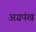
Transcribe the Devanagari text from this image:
अग्रपंख